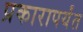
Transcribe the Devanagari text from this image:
प्रकारापर्यंत